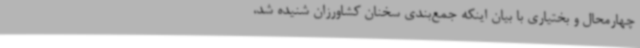
چهارمحال و بختیاری با بیان اینکه جمع‌بندی سخنان کشاورزان شنیده شد،